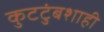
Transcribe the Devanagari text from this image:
कुटटुंबशाही